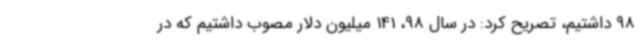
98 داشتیم، تصریح کرد: در سال 98، 141 میلیون دلار مصوب داشتیم که در